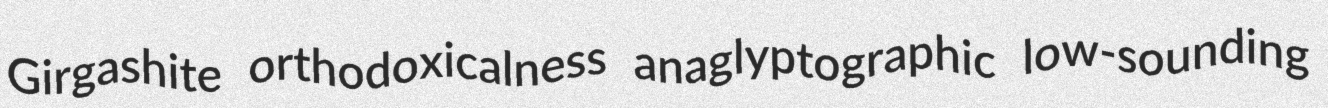
Girgashite orthodoxicalness anaglyptographic low-sounding